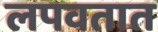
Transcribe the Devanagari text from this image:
लपवतात